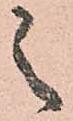
之